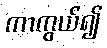
ကာကွယ်၍